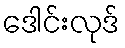
ဒေါင်းလုဒ်